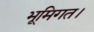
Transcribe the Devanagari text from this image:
भूमिगत।